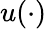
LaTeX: u(\cdot)